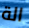
الة